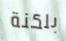
بلكنة